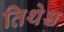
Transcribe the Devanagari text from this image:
तिथेश्च